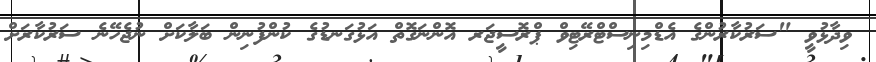
ވިދާޅުވީ "ސަރުކާރުންގެ އެޑްމިނިސްޓްރޭޓިވް ޕްރޮސީޖަރ އޮންނަގޮތް އަޅުގަނޑުގެ ކުންފުނިން ބަލާކަށް ނުޖެހޭނެ ސަރުކާރަށް